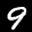
Label: 9